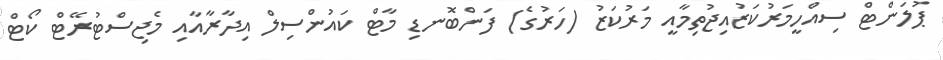
ޕުލަންޓް ސިއްހީމަރުކަޒުއިޖުތިމާއީ މަރުކަޒު (ހަރުގެ) ފަންބޮނޑި މާޓް ކައުންސިލް އިދާރާއާއި މެޖިސްޓުރޭޓް ކޯޓް